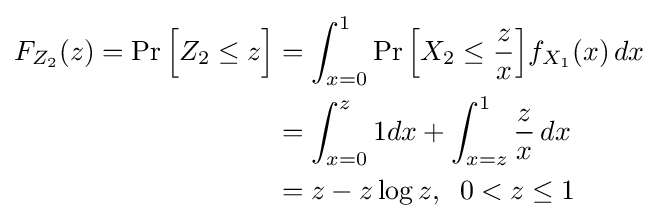
{\begin{aligned}F_{Z_{2}}(z)=\Pr {\Big [}Z_{2}\leq z{\Big ]}&=\int _{x=0}^{1}\Pr {\Big [}X_{2}\leq {\frac {z}{x}}{\Big ]}f_{X_{1}}(x)\,dx\\&=\int _{x=0}^{z}1dx+\int _{x=z}^{1}{\frac {z}{x}}\,dx\\&=z-z\log z,\;\;0<z\leq 1\end{aligned}}